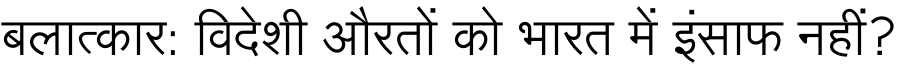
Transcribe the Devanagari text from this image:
बलात्कार: विदेशी औरतों को भारत में इंसाफ नहीं?